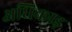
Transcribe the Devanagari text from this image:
अधिकाड़